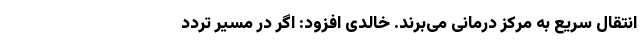
انتقال سریع به مرکز درمانی می‌برند. خالدی افزود: اگر در مسیر تردد